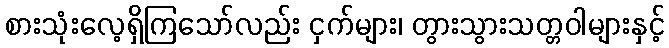
စားသုံးလေ့ရှိကြသော်လည်း ငှက်များ၊ တွားသွားသတ္တဝါများနှင့်